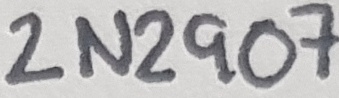
Text: 2N2907